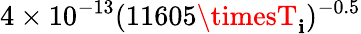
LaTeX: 4\times10^{-13}(11605\timesT_{\mathbf{i}})^{-0.5}